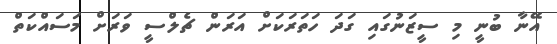
އޭނާ ބުނީ މި ސީޒަނުގައި ގަދަ ހަތަރަކަށް އަރަން ޗެލްސީ ވަރަށް މަސައްކަތް